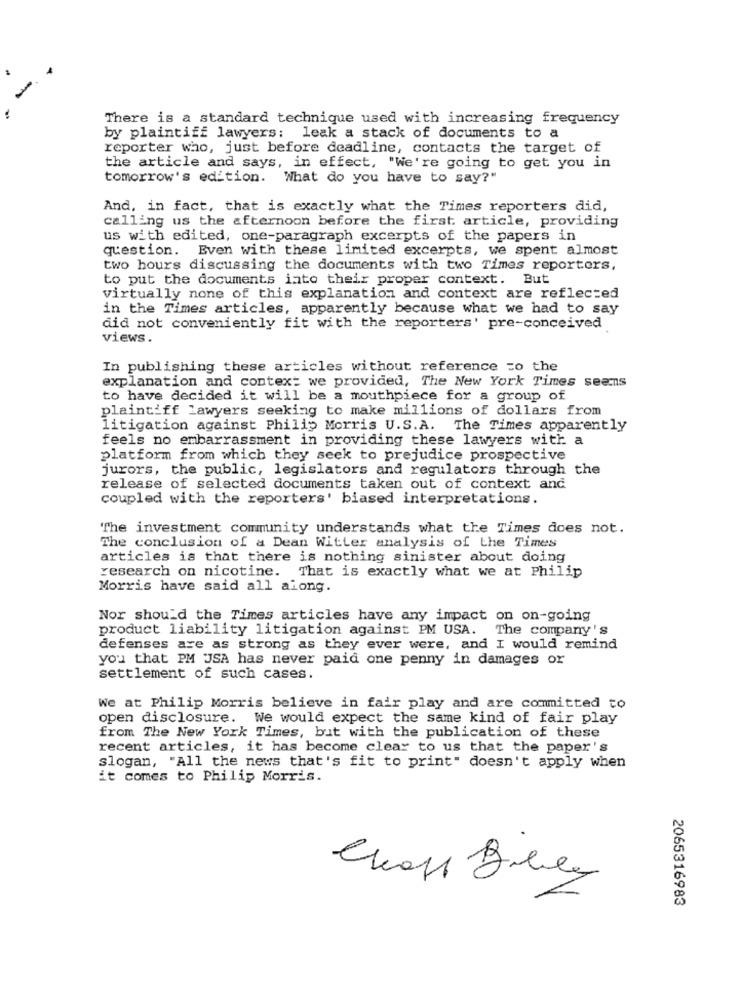
There is a standard technique used with increasing frequency
by plaintiff lawyers: leak a stack of documents to a
reporter who, just before deadline, contacts the target of
the article and says, in effect, "We're going to get you in
tomorrow's edition. What do you have to say?"
And, in fact, that is exactly what the Times reporters did,
calling us the afternoon before the first article, providing
us with edited, one-paragraph excerpts of the papers in
question.
Even with these limited excerpts, we spent almost
two hours discussing the documents with two Times reporters,
to put the documents into their proper context. But
virtually none of this explanation and context are reflected
in the Times articles, apparently because what we had to say
did not conveniently fit with the reporters' pre-conceived
views.
In publishing these articles without reference =o the
explanation and context we provided, The New York Times seems
to have decided it will be a mouthpiece for a group of
plaintiff lawyers seeking to make millions of dollars from
litigation against Philip Morris U.S.A. The Times apparently
feels no embarrassment in providing these lawyers with a
platform from which they seek to prejudice prospective
jurors, the public, legislators and regulators through the
release of selected documents taken out of context and
coupled with the reporters' biased interpretations.
The investment community understands what the Times does not.
The conclusion of a Dean Witter analysis of the Times
articles is that there is nothing sinister about doing
research on nicotine. That is exactly what we at Philip
Morris have said all along.
Nor should the Times articles have any impact on on-going
product liability litigation against PM USA. The company's
defenses are as strong as they ever were, and I would remind
you that PM JSA has never paid one penny in damages or
settlement of such cases.
We at Philip Morris believe in fair play and are committed to
open disclosure. We would expect the same kind of fair play
from The New York Times, but with the publication of these
recent articles, it has become clear to us that the paper's
slogan, "All the news that's fit to print" doesn't apply when
it comes to Philip Morris.
2065316983